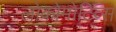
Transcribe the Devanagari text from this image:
लोकोमोटिव्स